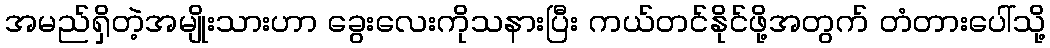
အမည်ရှိတဲ့အမျိုးသားဟာ ခွေးလေးကိုသနားပြီး ကယ်တင်နိုင်ဖို့အတွက် တံတားပေါ်သို့